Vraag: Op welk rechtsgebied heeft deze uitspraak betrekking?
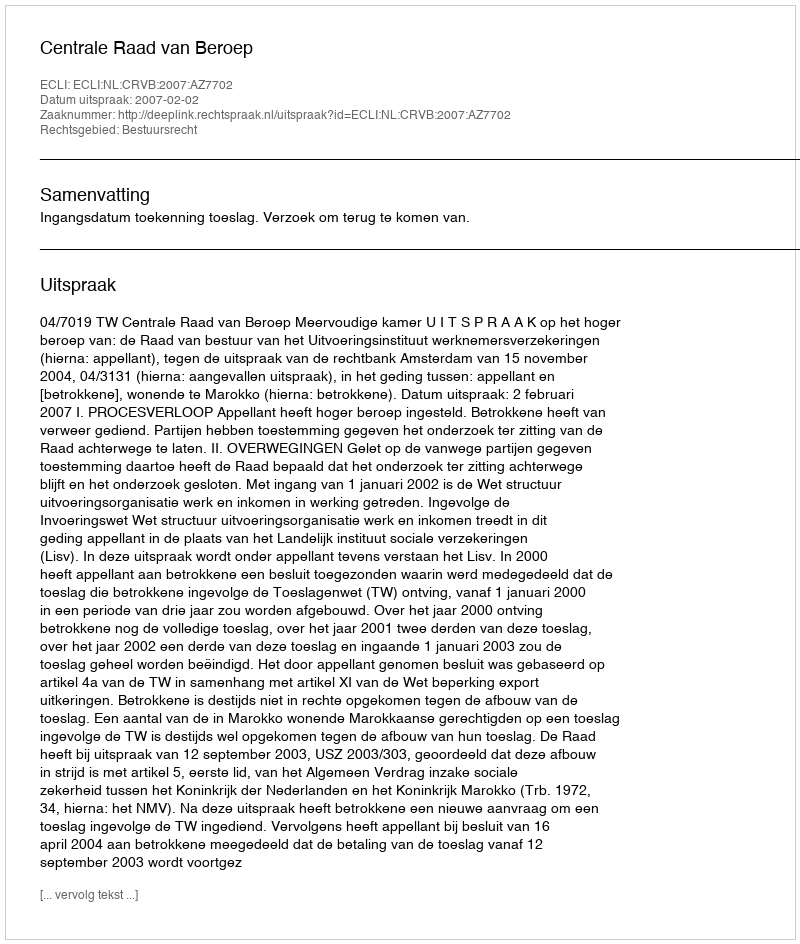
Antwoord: Bestuursrecht